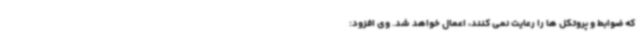
که ضوابط و پروتکل ها را رعایت نمی کنند، اعمال خواهد شد. وی افزود: